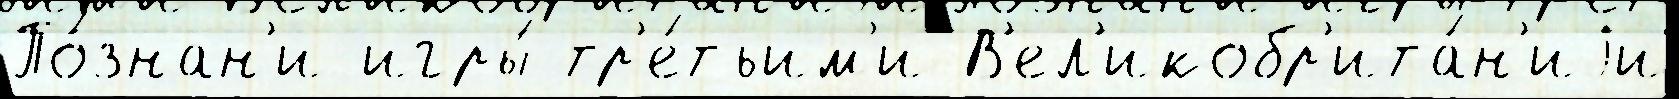
По́знан'и игры́ тр'е́тьим'и В'ел'икобр'ита́н'иjи